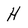
Character: H